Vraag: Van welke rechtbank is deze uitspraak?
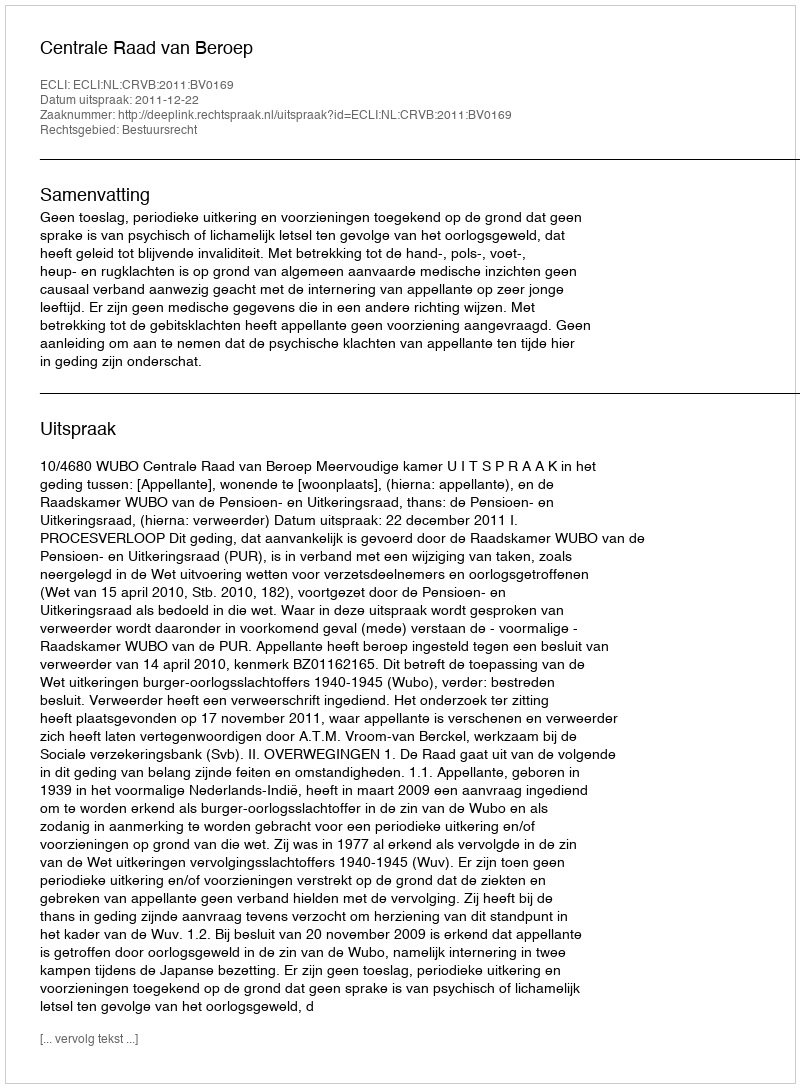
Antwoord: Centrale Raad van Beroep